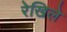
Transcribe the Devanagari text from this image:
रेखिले